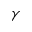
\gamma